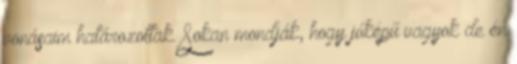
vonásaim határozottak. Sokan mondják, hogy jóképű vagyok de én